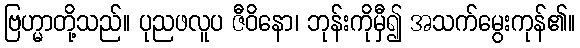
ဗြဟ္မာတို့သည်။ ပုညဖလူပ ဇီဝိနော၊ ဘုန်းကိုမှီ၍ အသက်မွေးကုန်၏။